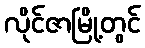
လိုင်ဇာမြို့တွင်